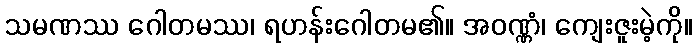
သမဏဿ ဂေါတမဿ၊ ရဟန်းဂေါတမ၏။ အဝဏ္ဏံ၊ ကျေးဇူးမဲ့ကို။